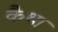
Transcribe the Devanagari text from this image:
कैथा